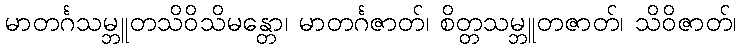
မာတင်္ဂသမ္ဘူတသိဝိသိမန္တော၊ မာတင်္ဂဇာတ်၊ စိတ္တသမ္ဘူတဇာတ်၊ သိဝိဇာတ်၊